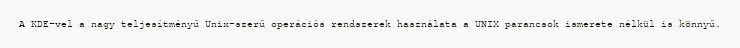
A KDE-vel a nagy teljesítményű Unix-szerű operációs rendszerek használata a UNIX parancsok ismerete nélkül is könnyű.